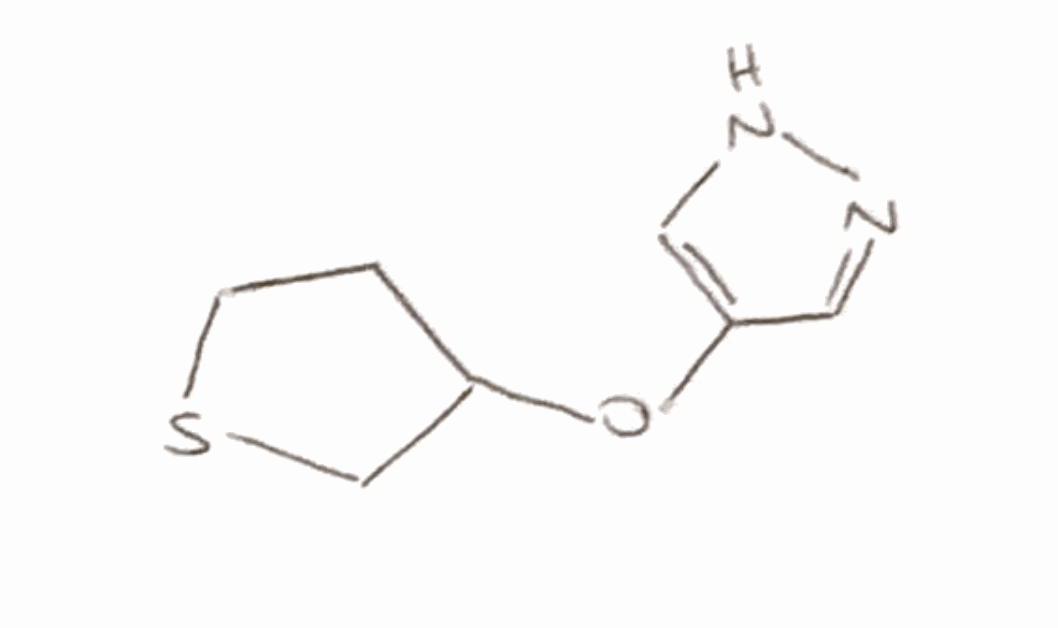
Simplified molecular-input line-entry system (SMILES) notation of the given molecule:
C1CSCC1OC2=CNN=C2